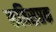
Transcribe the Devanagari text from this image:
कविसप्तक